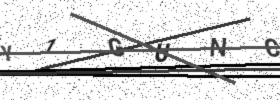
Text: Y1GUNC